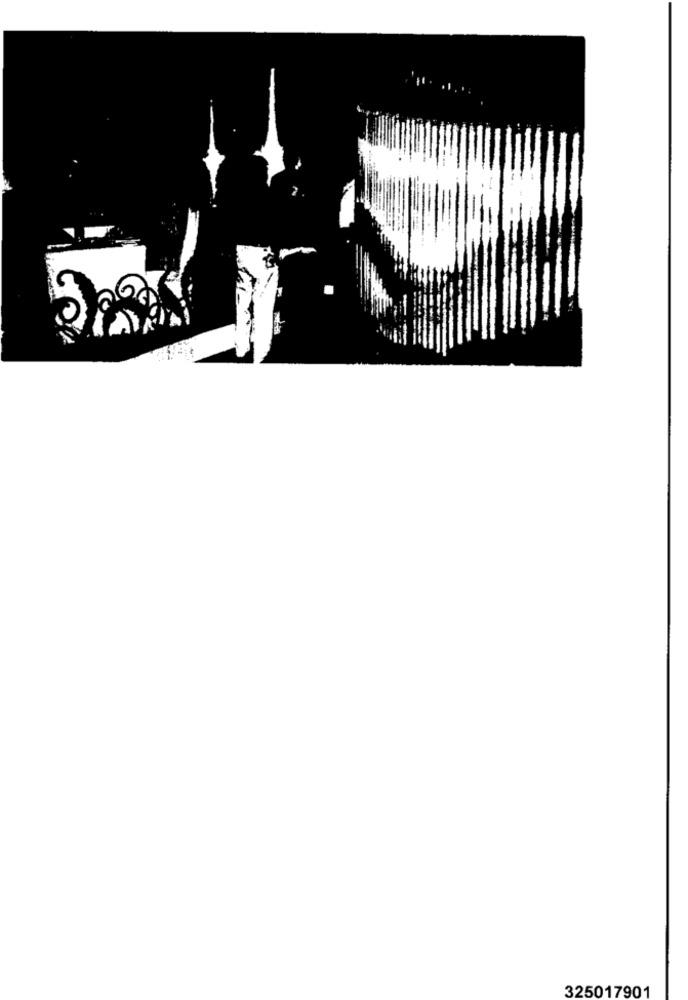
325017901